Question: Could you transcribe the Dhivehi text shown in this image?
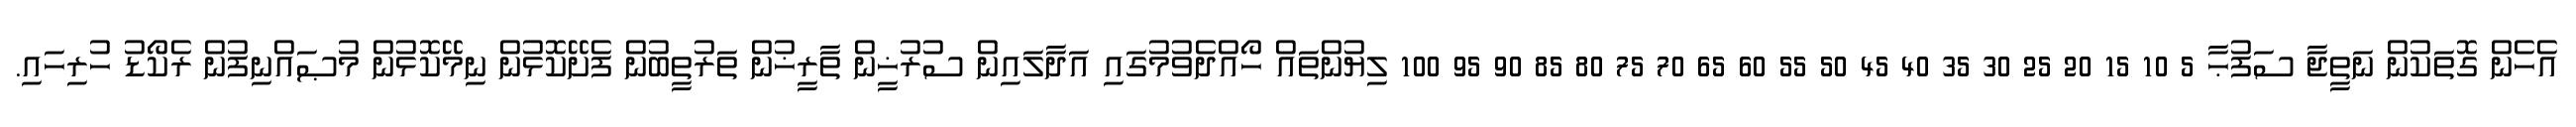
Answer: އެހެން ގޮތަކުން ނަތީޖާ ސަފުޙާ 5 10 15 20 25 30 35 40 45 50 55 60 65 70 75 80 85 90 95 100 ލިޔުންތައް ހޯއްދެވުމުގައި އަދާލައިން ސުރުޚީން ތާރީޚުން ތަރުތީބުން ފެށޭކޮޅުން ނިމޭކޮޅުން މުޞައްނިފުން ރެކޯޑު ހުރިހައި.